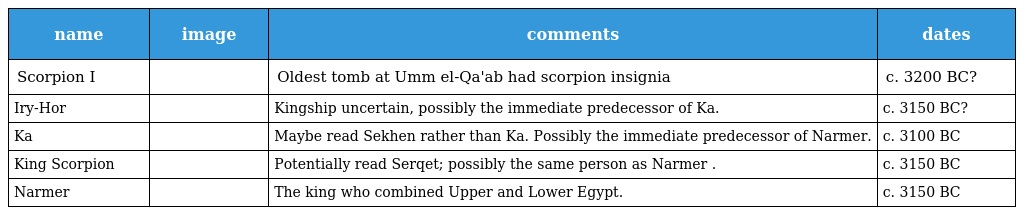
| name | image | comments | dates |
 | --- | --- | --- | --- |
 | Scorpion I |  | Oldest tomb at Umm el-Qa'ab had scorpion insignia | c. 3200 BC? |
 | Iry-Hor |  | Kingship uncertain, possibly the immediate predecessor of Ka. | c. 3150 BC? |
 | Ka |  | Maybe read Sekhen rather than Ka. Possibly the immediate predecessor of Narmer. | c. 3100 BC |
 | King Scorpion |  | Potentially read Serqet; possibly the same person as Narmer . | c. 3150 BC |
 | Narmer |  | The king who combined Upper and Lower Egypt. | c. 3150 BC |